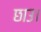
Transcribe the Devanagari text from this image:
छाउ।